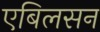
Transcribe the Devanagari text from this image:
एबिलसन